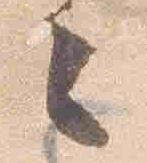
々